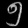
Digit: ၅